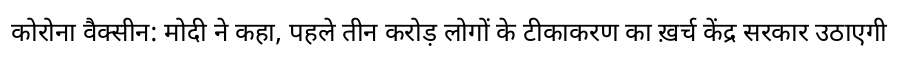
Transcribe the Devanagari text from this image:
कोरोना वैक्सीन: मोदी ने कहा, पहले तीन करोड़ लोगों के टीकाकरण का ख़र्च केंद्र सरकार उठाएगी